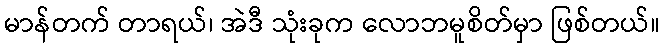
မာန်တက် တာရယ်၊ အဲဒီ သုံးခုက လောဘမူစိတ်မှာ ဖြစ်တယ်။